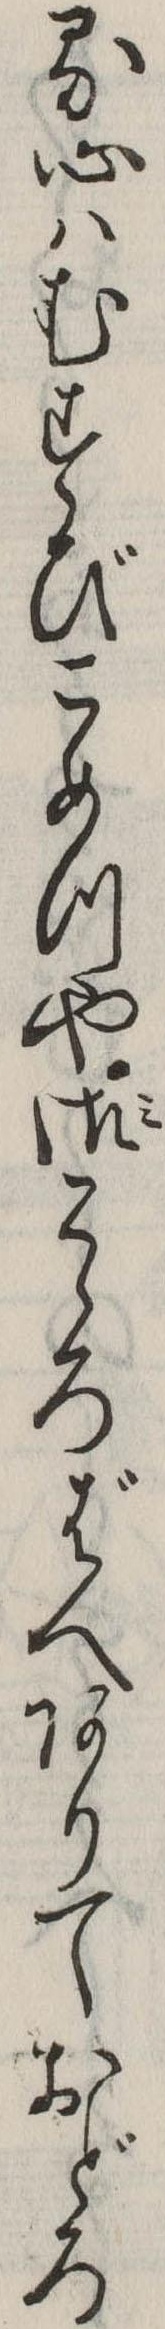
る心はむすびこめつや御こゝろばへありておどろ